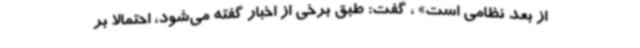
از بعد نظامی است» ، گفت: طبق برخی از اخبار گفته می‌شود، احتمالا بر